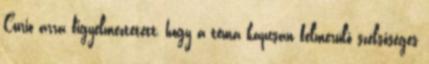
Curio arra figyelmeztetett, hogy a téma kapcsán felmerülő szélsőséges